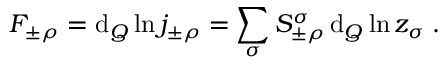
F _ { \pm \rho } = \mathrm { d } _ { Q } \ln j _ { \pm \rho } ^ { \mathrm { ~ \, ~ } } = \sum _ { \sigma } S _ { \pm \rho } ^ { \sigma } \, \mathrm { d } _ { Q } \ln z _ { \sigma } ^ { \mathrm { ~ \, ~ } } .